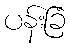
ပန်းခြံ